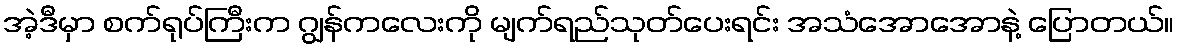
အဲ့ဒီမှာ စက်ရုပ်ကြီးက ဂျွန်ကလေးကို မျက်ရည်သုတ်ပေးရင်း အသံအောအောနဲ့ ပြောတယ်။